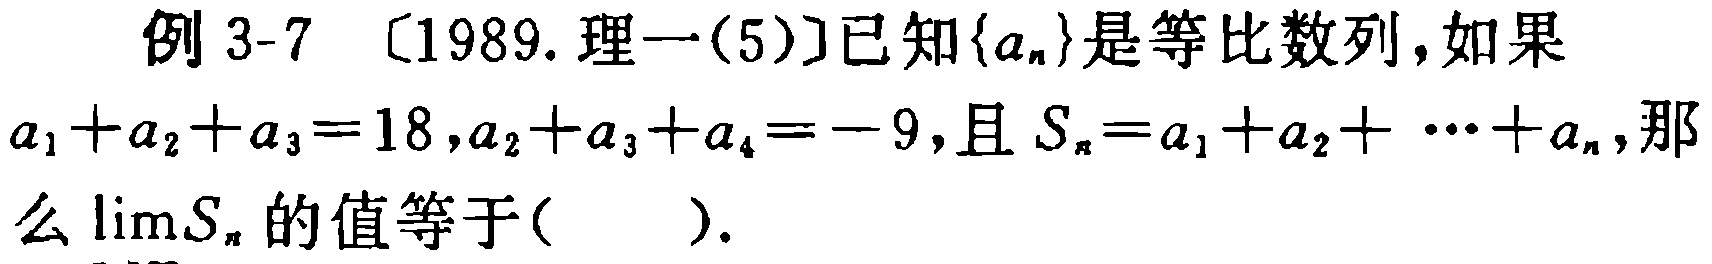
例 3-7 〔1989.理一(5)〕已知\(\{a_{n}\}\)是等比数列，如果\(a_{1}+a_{2}+a_{3}=18,a_{2}+a_{3}+a_{4}=-9\)，且\(S_{n}=a_{1}+a_{2}+\cdots +a_{n}\)，那么\(\lim\limits_{n\rightarrow\infty}S_{n}\)的值等于( ).